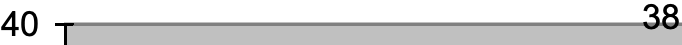
40                   38